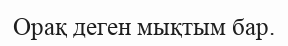
Орақ деген мықтым бар.